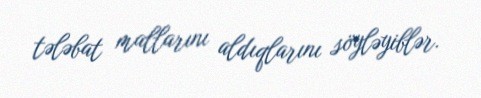
tələbat mallarını aldıqlarını söyləyiblər.